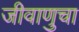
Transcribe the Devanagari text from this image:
जीवाणुचा